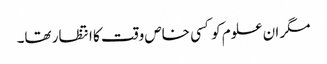
مگر ان علوم کو کسی خاص وقت کا انتظار تھا۔